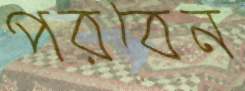
পরবেন